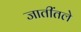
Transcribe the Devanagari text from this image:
जातींतले